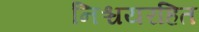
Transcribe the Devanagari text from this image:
निश्चयरहित